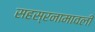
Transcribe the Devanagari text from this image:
सहस्रनामावली